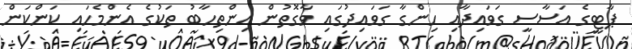
ޕާޓީގެ އަސާސީ ގަވައިދާއި ހިންގާ ގަވައިދުގައި ވާގޮތުން އިންތިހާބު ތަކުގެ އެންމެހައި ކަންކަން